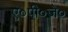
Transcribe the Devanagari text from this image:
ए०पी०जे०